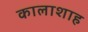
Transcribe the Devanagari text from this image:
कालाशाह